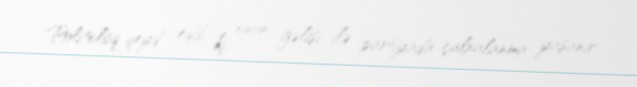
Politoloq qeyd edib ki, onun gəlişi ilə partiyada çalxalanma yaşanır: